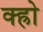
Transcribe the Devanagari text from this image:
क्ह्रो